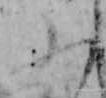
ふ